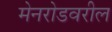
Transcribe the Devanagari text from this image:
मेनरोडवरील